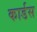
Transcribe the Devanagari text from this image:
कार्डस